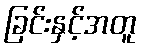
ခြင်းနှင့်အတူ